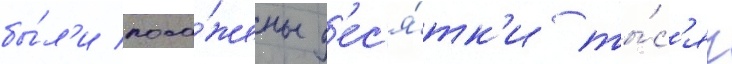
бы́л'и поса́жены д'ес'я́тк'и ты́с'яч